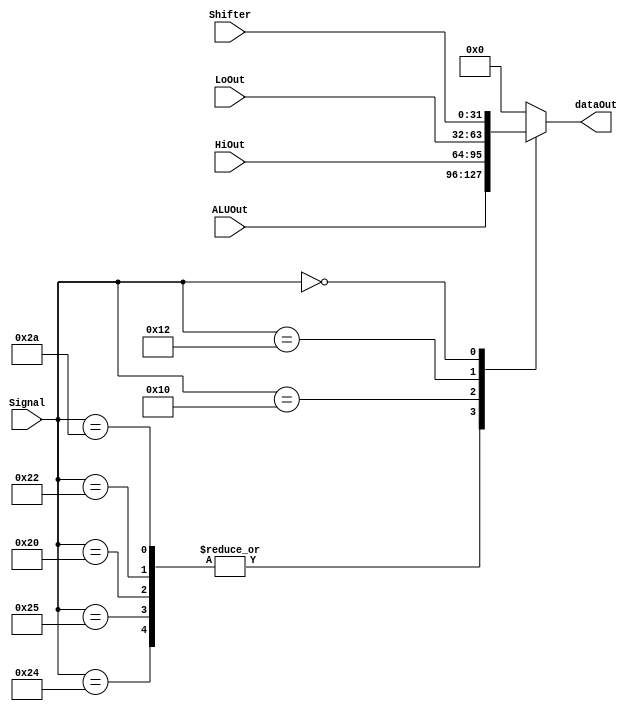
`timescale 1ns/1ns
module MUX( ALUOut, HiOut, LoOut, Shifter, Signal, dataOut );
input [31:0] ALUOut ;
input [31:0] HiOut ;
input [31:0] LoOut ;
input [31:0] Shifter ;
input [5:0] Signal ;
output [31:0] dataOut ;


reg [31:0] temp ;

parameter AND = 6'b100100;
parameter OR  = 6'b100101;
parameter ADD = 6'b100000;
parameter SUB = 6'b100010;
parameter SLT = 6'b101010;

parameter SLL = 6'b000000;
parameter SRL = 6'b000010;

parameter DIVU= 6'b011011;
parameter MFHI= 6'b010000;
parameter MFLO= 6'b010010;

/*
=====================================================
UdA{gvWkg
=====================================================
*/
always@( ALUOut or HiOut or LoOut or Shifter or Signal )
begin

	case ( Signal )
	AND:
	begin
		temp = ALUOut ;
	end
	OR:
	begin
		temp = ALUOut ;
	end
	ADD:
	begin
		temp = ALUOut ;
	end
	SUB:
	begin
		temp = ALUOut ;
	end
	SLT:
	begin
		temp = ALUOut ;
	end
	MFHI:
	begin
		temp = HiOut ;
	end
	MFLO:
	begin
		temp = LoOut ;
	end

	/*
	SRL:     
	begin
		temp = Shifter ;
	end
	*/

	SLL:
	begin
		temp = Shifter ;
	end


	default: temp = 32'b0 ;	
	
	endcase

end
assign dataOut = temp ;
/*
=====================================================
WdA{gvWkg
=====================================================
*/

endmodule